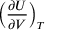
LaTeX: \left( { \frac { \partial U } { \partial V } } \right) _ { T }